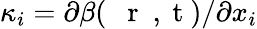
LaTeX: \kappa_{i}=\partial\beta(\mathrm{~{~\mathbf~r~}~,~t~})/\partial x_{i}